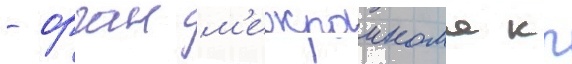
- орган м'ежраикома кп